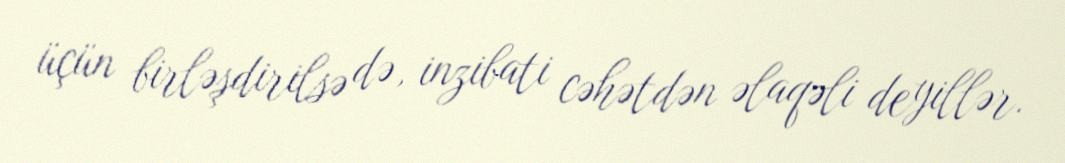
üçün birləşdirilsə də, inzibati cəhətdən əlaqəli deyillər.